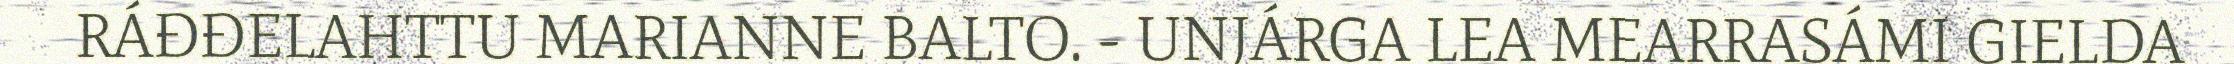
RÁĐĐELAHTTU MARIANNE BALTO. - UNJÁRGA LEA MEARRASÁMI GIELDA